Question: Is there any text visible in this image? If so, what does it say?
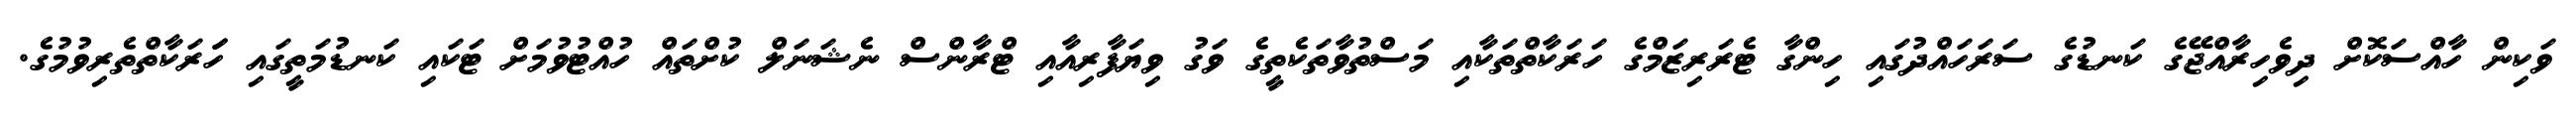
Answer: ވަކިން ހާއްސަކޮށް ދިވެހިރާއްޖޭގެ ކަނޑުގެ ސަރަހައްދުގައި ހިންގާ ޓެރަރިޒަމްގެ ހަރަކާތްތަކާއި މަސްތުވާތަކެތީގެ ވަގު ވިޔަފާރިއާއި ޓްރާންސް ނެޝަނަލް ކުށްތައް ހުއްޓުވުމަށް ޓަކައި ކަނޑުމަތީގައި ހަަރަކާތްތެރިވުމުގެ.